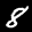
Label: 8